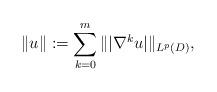
LaTeX: \begin{align*} \|u\| := \sum_{k=0}^{m}\||\nabla^{k} u|\|_{L^p(D)}, \end{align*}